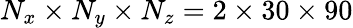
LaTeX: N_{x}\times N_{y}\times N_{z}=2\times 30\times 90